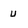
Character: U